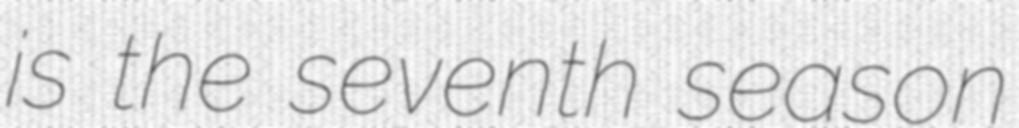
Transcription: is the seventh season